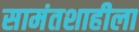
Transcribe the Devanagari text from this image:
सामंतशाहीला